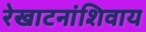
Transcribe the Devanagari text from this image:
रेखाटनांशिवाय